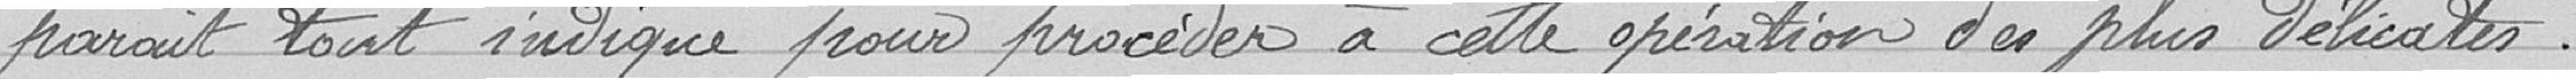
parait tout indiqué pour procéder à cette opération des plus délicates.